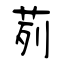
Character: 茢